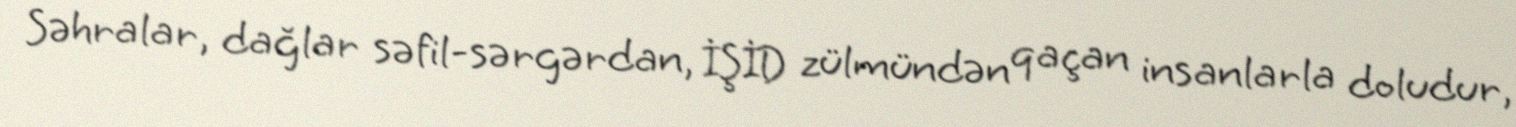
Səhralar, dağlar səfil-sərgərdan, İŞİD zülmündən qaçan insanlarla doludur,